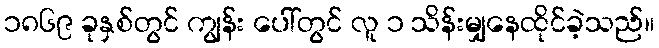
၁၈၆၉ ခုနှစ်တွင် ကျွန်း ပေါ်တွင် လူ ၁ သိန်းမျှနေထိုင်ခဲ့သည်။